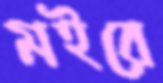
মইরে